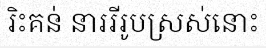
រិះគន់ នាររីរូបស្រស់នោះ